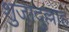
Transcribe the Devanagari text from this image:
शुजादुल्लाह